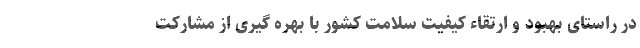
در راستای بهبود و ارتقاء کیفیت سلامت کشور با بهره گیری از مشارکت